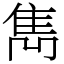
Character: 雋